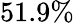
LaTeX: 51.9\%